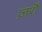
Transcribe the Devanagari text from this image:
ज़र्रों